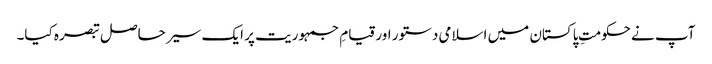
آپ نے حکومتِ پاکستان میں اسلامی دستور اور قیامِ جمہوریت پر ایک سیر حاصل تبصرہ کیا۔